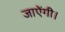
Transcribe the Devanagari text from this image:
जाऐंगी।